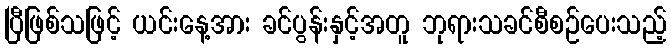
ပြီဖြစ်သဖြင့် ယင်းနေ့အား ခင်ပွန်းနှင့်အတူ ဘုရားသခင်စီစဉ်ပေးသည့်